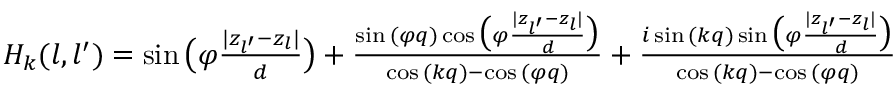
\begin{array} { r } { H _ { k } ( l , l ^ { \prime } ) = \sin { \big ( \varphi \frac { | z _ { l ^ { \prime } } - z _ { l } | } { d } \big ) } + \frac { \sin { ( \varphi q ) } \cos { \big ( \varphi \frac { | z _ { l ^ { \prime } } - z _ { l } | } { d } \big ) } } { \cos { ( k q ) } - \cos { ( \varphi q ) } } + \frac { i \sin { ( k q ) } \sin { \big ( \varphi \frac { | z _ { l ^ { \prime } } - z _ { l } | } { d } \big ) } } { \cos { ( k q ) } - \cos { ( \varphi q ) } } } \end{array}